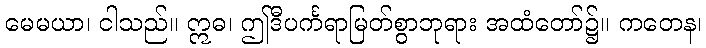
မေမယာ၊ ငါသည်။ ဣဓ၊ ဤဒီပင်္ကရာမြတ်စွာဘုရား အထံတော်၌။ ကတေန၊